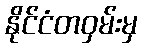
နိုင်ငံတဝှမ်းမှ